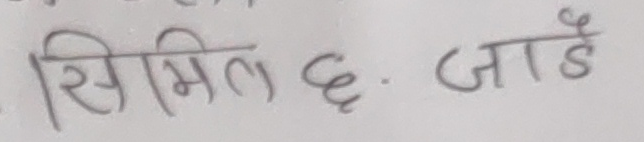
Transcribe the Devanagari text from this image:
सिमिल छ. जाडै